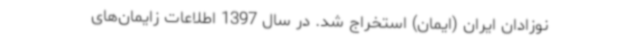
نوزادان ایران (ایمان) استخراج شد. در سال 1397 اطلاعات زایمان‌های